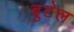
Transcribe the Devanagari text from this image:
बुटेल